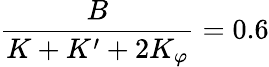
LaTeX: \frac{B}{K+K^{\prime}+2K_{\varphi}}=0.6